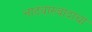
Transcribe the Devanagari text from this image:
नाट्यास्वादाचा